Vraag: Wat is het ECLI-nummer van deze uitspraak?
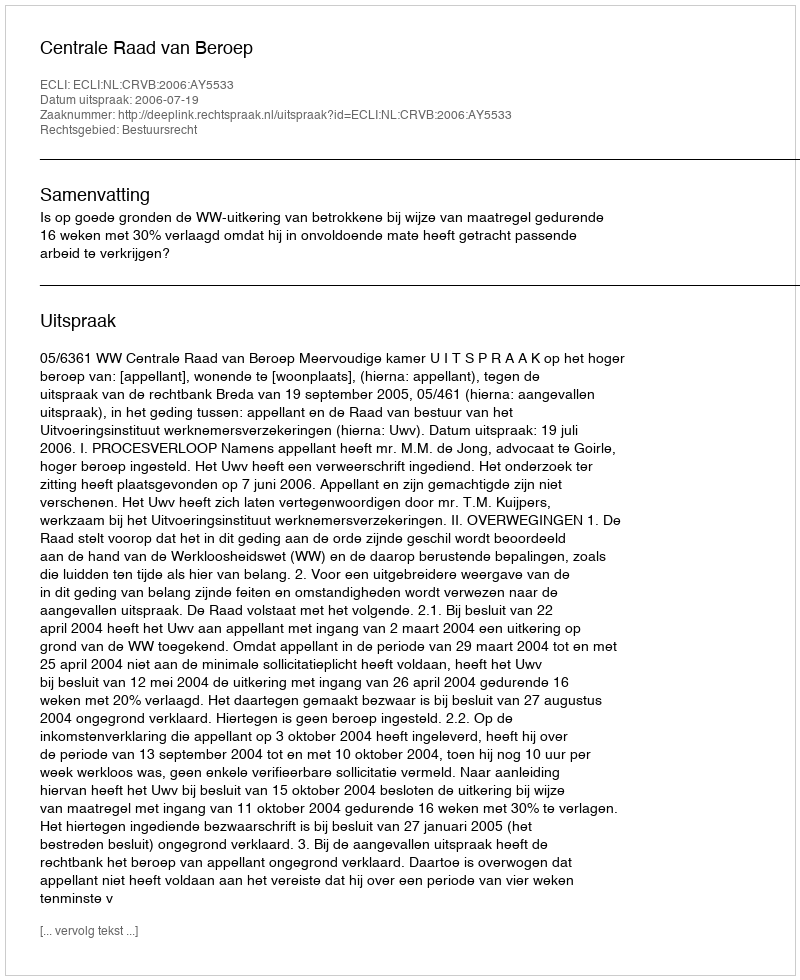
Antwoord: ECLI:NL:CRVB:2006:AY5533